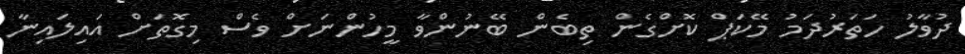
ދުވާލު ހަތަރުދަމު މޭކަޕް ކޮށްގެން ތިބެން ބޭނުންވާ މީހުންނަށް ވެސް މިގޮތަށް އައިލައިނާ